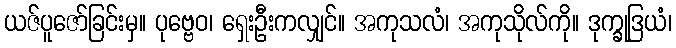
ယဇ်ပူဇော်ခြင်းမှ။ ပုဗ္ဗေဝ၊ ရှေးဦးကလျှင်။ အကုသလံ၊ အကုသိုလ်ကို။ ဒုက္ခုဒြယံ၊